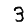
Digit: 3